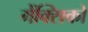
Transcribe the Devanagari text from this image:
मेंक्सिको